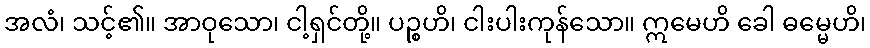
အလံ၊ သင့်၏။ အာဝုသော၊ ငါ့ရှင်တို့။ ပဉ္စဟိ၊ ငါးပါးကုန်သော။ ဣမေဟိ ခေါ ဓမ္မေဟိ၊